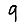
Digit: 9